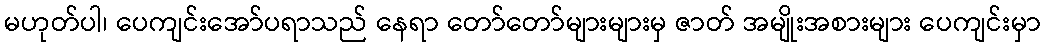
မဟုတ်ပါ၊ ပေကျင်းအော်ပရာသည် နေရာ တော်တော်များများမှ ဇာတ် အမျိုးအစားများ ပေကျင်းမှာ